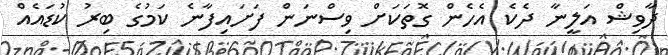
ދާވިޝް އަލީނާ ދެކެ އެހެން ގޮތަކަށް ވިސްނަން ފަށައިފާނެ ކަމުގެ ބިރު ކުޑައެއް